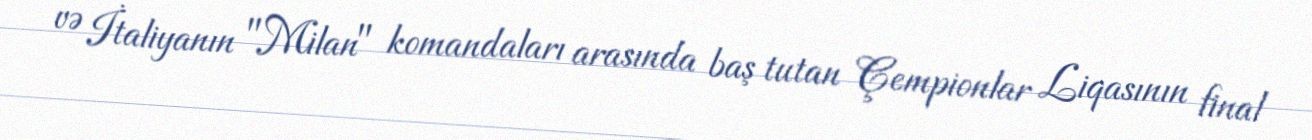
və İtaliyanın "Milan" komandaları arasında baş tutan Çempionlar Liqasının final